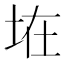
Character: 𱖞